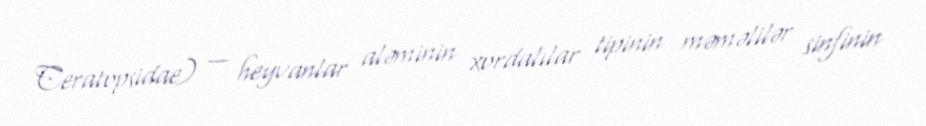
Ceratopsidae) — heyvanlar aləminin xordalılar tipinin məməlilər sinfinin